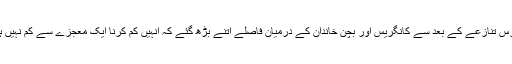
بوفورس تنازعے کے بعد سے کانگریس اور بچن خاندان کے درمیان فاصلے اتنے بڑھ گئے کہ انہیں کم کرنا ایک معجزے سے کم نہیں ہو گا۔